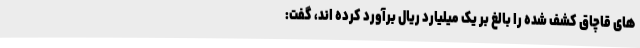
های قاچاق کشف شده را بالغ بر یک میلیارد ریال برآورد کرده اند، گفت: